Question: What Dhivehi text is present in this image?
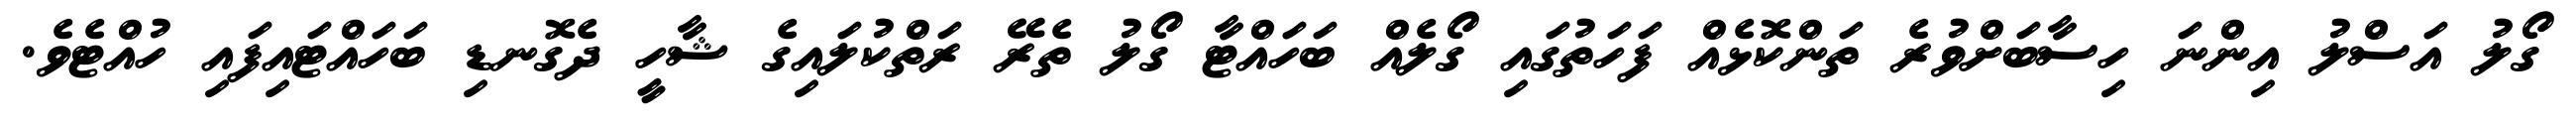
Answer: ގޯލު އަސްލު އިންނަ ހިސާބަށްވުރެ ތަންކޮޅެއް ފަހަތުގައި ގޯލެއް ބަހައްޓާ ގޯލު ތެރޭ ރަތްކުލައިގެ ޝާހީ ދެގޮނޑި ބަހައްޓައިފައި ހުއްޓެވެ.